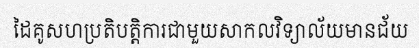
ដៃគូសហប្រតិបត្តិការជាមួយសាកលវិទ្យាល័យមានជ័យ